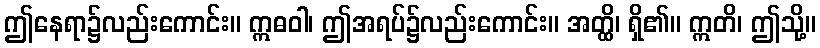
ဤနေရာ၌လည်းကောင်း။ ဣဓဝါ၊ ဤအရပ်၌လည်းကောင်း။ အတ္ထိ၊ ရှိ၏။ ဣတိ၊ ဤသို့။